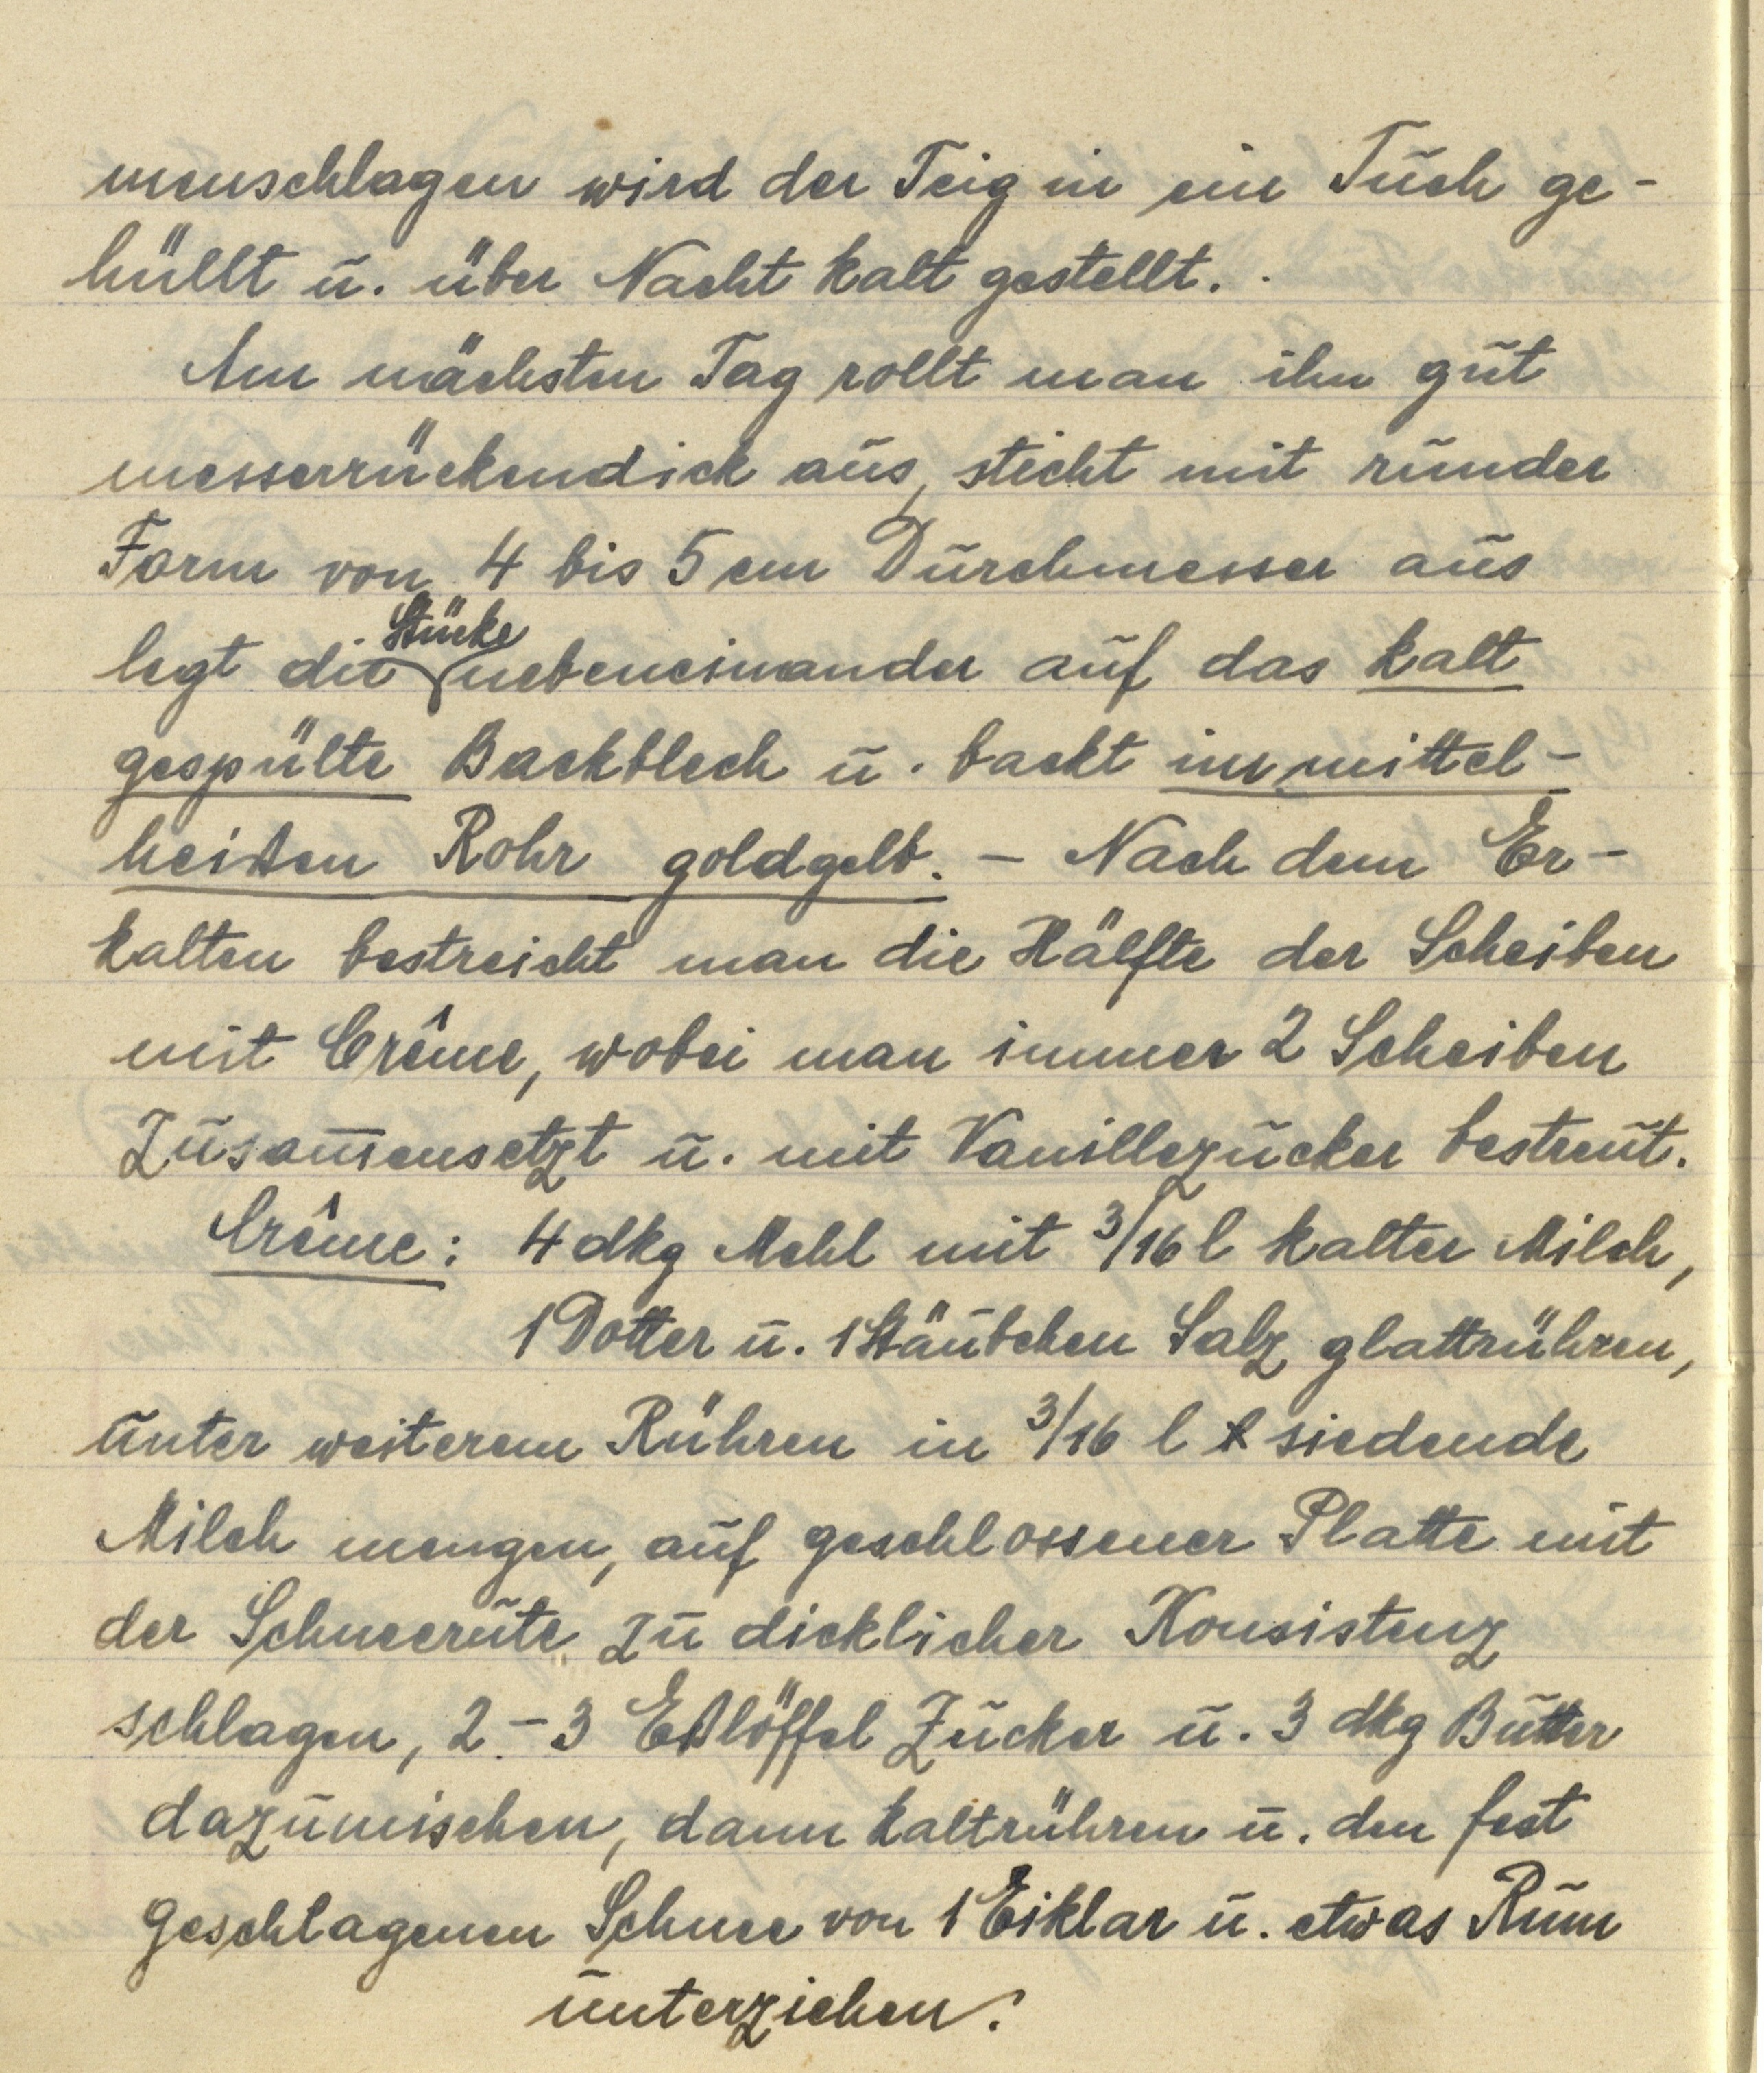
menschlagen wird der Teig in ein Tuch ge¬
hüllt u. über Nacht kalt gestellt.
Am nächsten Tag rollt man ihn gut
messerrückendick aus, sticht mit runder
Form von 4 bis 5 cm Durchmesser aus
legt die Stücke nebeneinander auf das kalt
gespülte Backblech u. backt im mittel¬
heißen Rohr goldgelb. — Nach dem Er¬
kalten bestreicht man die Hälfte der Scheiben
mit Crême, wobei man immer 2 Scheiben
zusammensetzt u. mit Vanillezucker bestreut.
Crême: 4 dkg Mehl mit 3/16 l kalter Milch,
1 Dotter u. 1 Stäubchen Salz glattrühren,
unter weiterem Rühren in 3/16 l l siedende
Milch mengen, auf geschlossener Platte mit
der Schneerute zu dicklicher Konsistenz
schlagen, 2-3 Eßlöffel Zucker u. 3 dkg Butter
dazumischen, dann kaltrühren u. den fest
geschlagenen Schnee von 1 Eiklar u. etwas Rum
unterziehen.